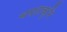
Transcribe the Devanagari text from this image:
चपटाकृमि